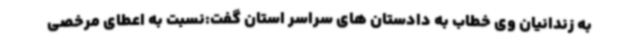
به زندانیان وی خطاب به دادستان های سراسر استان گفت:نسبت به اعطای مرخصی